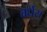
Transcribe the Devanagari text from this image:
वर्धेस